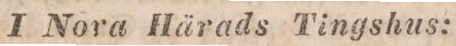
I Nora Härads Tingshus: